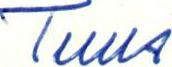
Tuus